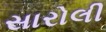
સારોલી